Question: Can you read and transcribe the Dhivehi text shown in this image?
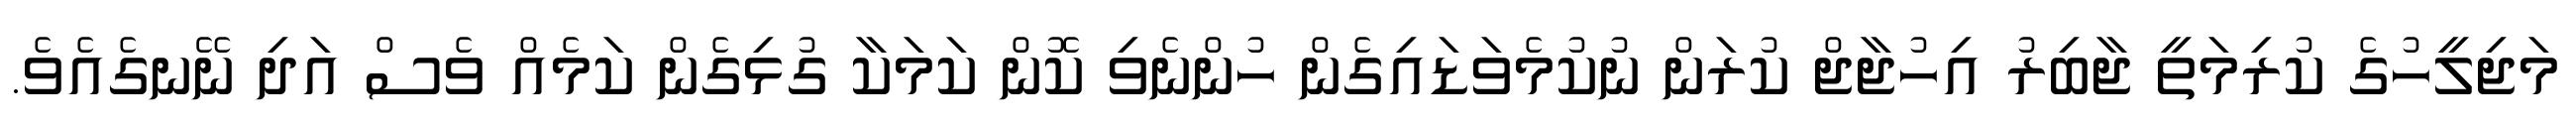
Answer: މަޖިލީހުގެ ކުރިމަތީ ޖާބިރު އިހުޖާޖް ކުރަން ނުކުމެވަޑައިގެން ހުންނެވި ކޮން ކަމަކާ ގުޅިގެން ކަމެއް ވެސް އަދި ނޭނގެއެވެ.